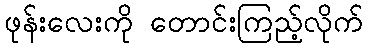
ဖုန်းလေးကို တောင်းကြည့်လိုက်